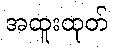
အထူးထုတ်